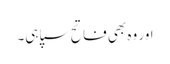
اور وہ بھی فاتح سپاہی۔